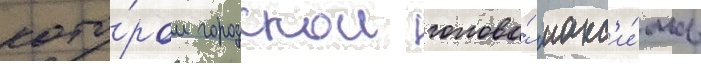
кото́ром городскои голова́ макс'и́мов